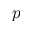
p